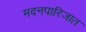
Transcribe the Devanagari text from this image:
मदनपारिजात